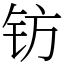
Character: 钫